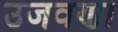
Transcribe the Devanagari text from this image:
उजवणा